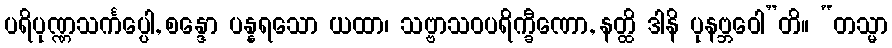
ပရိပုဏ္ဏသင်္ကပ္ပေါ, စန္ဒော ပန္နရသော ယထာ၊ သဗ္ဗာသဝပရိက္ခီဏော, နတ္ထိ ဒါနိ ပုနဗ္ဘဝေါ”တိ။ “တသ္မာ